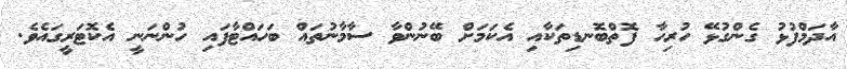
އާދަމްފުޅު ގެންގުޅޭ ހުރިހާ ފޮތްބޮނޑިތަކާއި އެކަމަށް ބޭނުންވާ ސާމާނުތައް ބަހައްޓާފައި ހުންނަނީ އެކޮޓަރީގައެވެ.